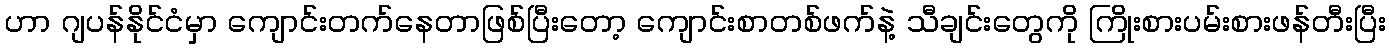
ဟာ ဂျပန်နိုင်ငံမှာ ကျောင်းတက်နေတာဖြစ်ပြီးတော့ ကျောင်းစာတစ်ဖက်နဲ့ သီချင်းတွေကို ကြိုးစားပမ်းစားဖန်တီးပြီး